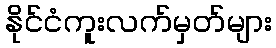
နိုင်ငံကူးလက်မှတ်များ